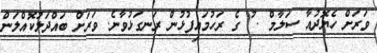
ވަރަށް ހެޔޮދުއާ ސަލާމް . ު ގެ ރަހުމައިފުޅުން ރަނގަޅުވާނެ. ވަރަށް ބައްދަލުކޮއްލަން